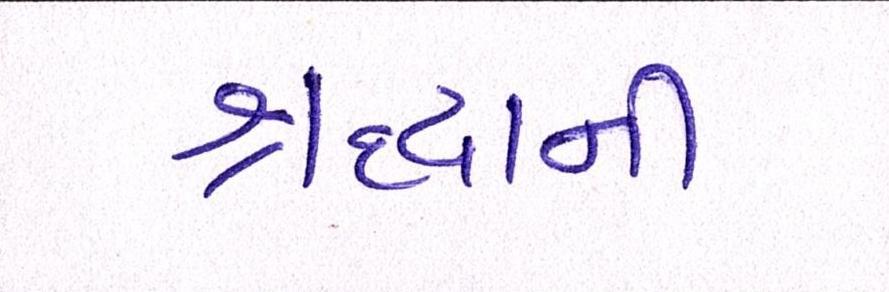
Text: શ્રદ્ધાની